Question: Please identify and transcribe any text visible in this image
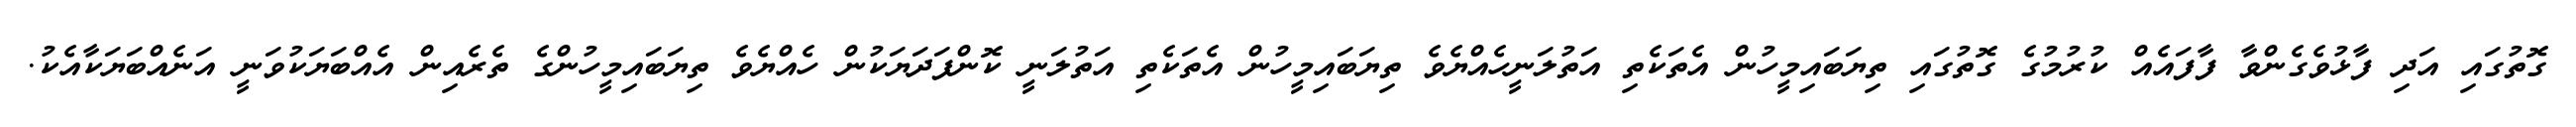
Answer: ގޮތުގައި އަދި ފާޅުވެގެންވާ ފާފައެއް ކުރުމުގެ ގޮތުގައި ތިޔަބައިމީހުން އެތަކެތި އަތުލަނީހެއްޔެވެ ތިޔަބައިމީހުން އެތަކެތި އަތުލަނީ ކޮންފަދަޔަކުން ހެއްޔެވެ ތިޔަބައިމީހުންގެ ތެރެއިން އެއްބަޔަކުވަނީ އަނެއްބަޔަކާއެކު.